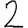
Digit: 2